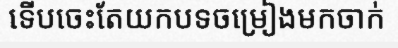
ទើបចេះតែយកបទចម្រៀងមកចាក់